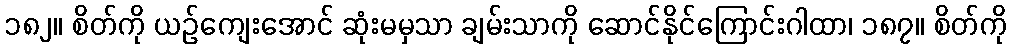
၁၈၂။ စိတ်ကို ယဉ်ကျေးအောင် ဆုံးမမှသာ ချမ်းသာကို ဆောင်နိုင်ကြောင်းဂါထာ၊ ၁၈၇။ စိတ်ကို